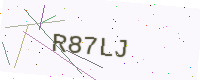
Text: R87LJ